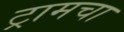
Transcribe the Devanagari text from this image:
ट्रामचा